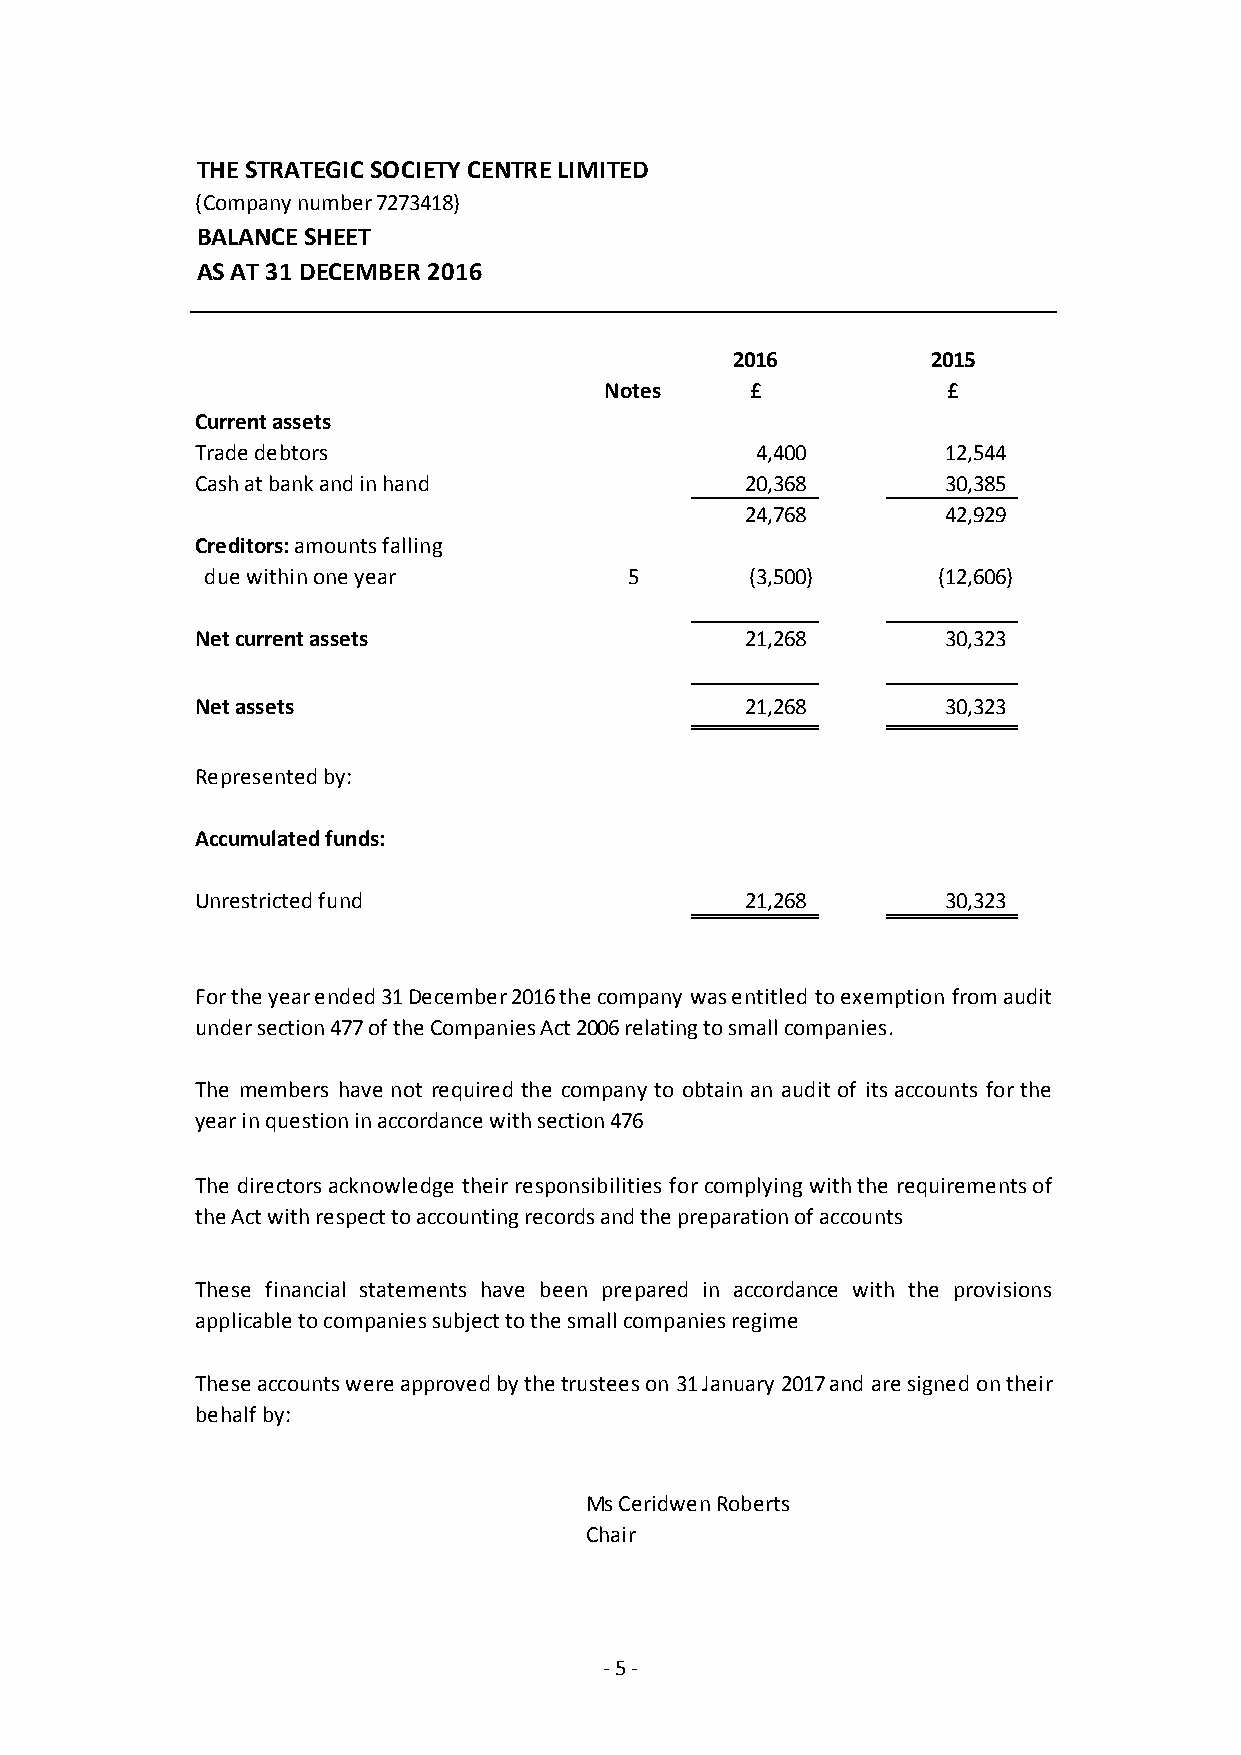
THE STRATEGIC SOCIETY CENTRE LIMITED
 (Company number 7273418)
 BALANCE SHEET
 AS AT 31 DECEMBER 2016
 2016          2015
 Notes     £            £
 Current assets
 Trade debtors                        4,400        1 2,544
 Cash at bank and in hand            2 0,368       3 0,385
 2 4,768       4 2,929
 Creditors: amounts falling
 due within one year         5       (3,500)     (12,606)
 Net current assets                  2 1,268       3 0,323
 Net assets                          2 1,268       3 0,323
 Represented by:
 Accumulated funds:
 Unrestricted fund                   2 1,268       3 0,323
 Fortheyearended31December2016thecompany wasentitled toexemption fromaudit
 under section 477 of the Companies Act 2006 relating to small companies.
 The members have not required the company to obtain an audit of its accounts forthe
 year in question in accordance with section 476
 The directors acknowledge theirresponsibilities forcomplying withthe requirementsof
 the Act with respect to accounting records and the preparation of accounts
 These financial statements have been prepared in accordance with the provisions
 applicable to companies subject to the small companies regime
 Theseaccountswereapprovedbythetrusteeson 31January 2017and aresigned ontheir
 behalf by:
 Ms Ceridwen Roberts
 Chair
 - 5 -